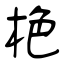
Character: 栬